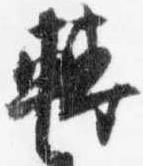
転